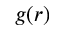
g ( r )